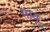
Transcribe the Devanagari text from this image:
मावू